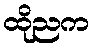
ထိုညက